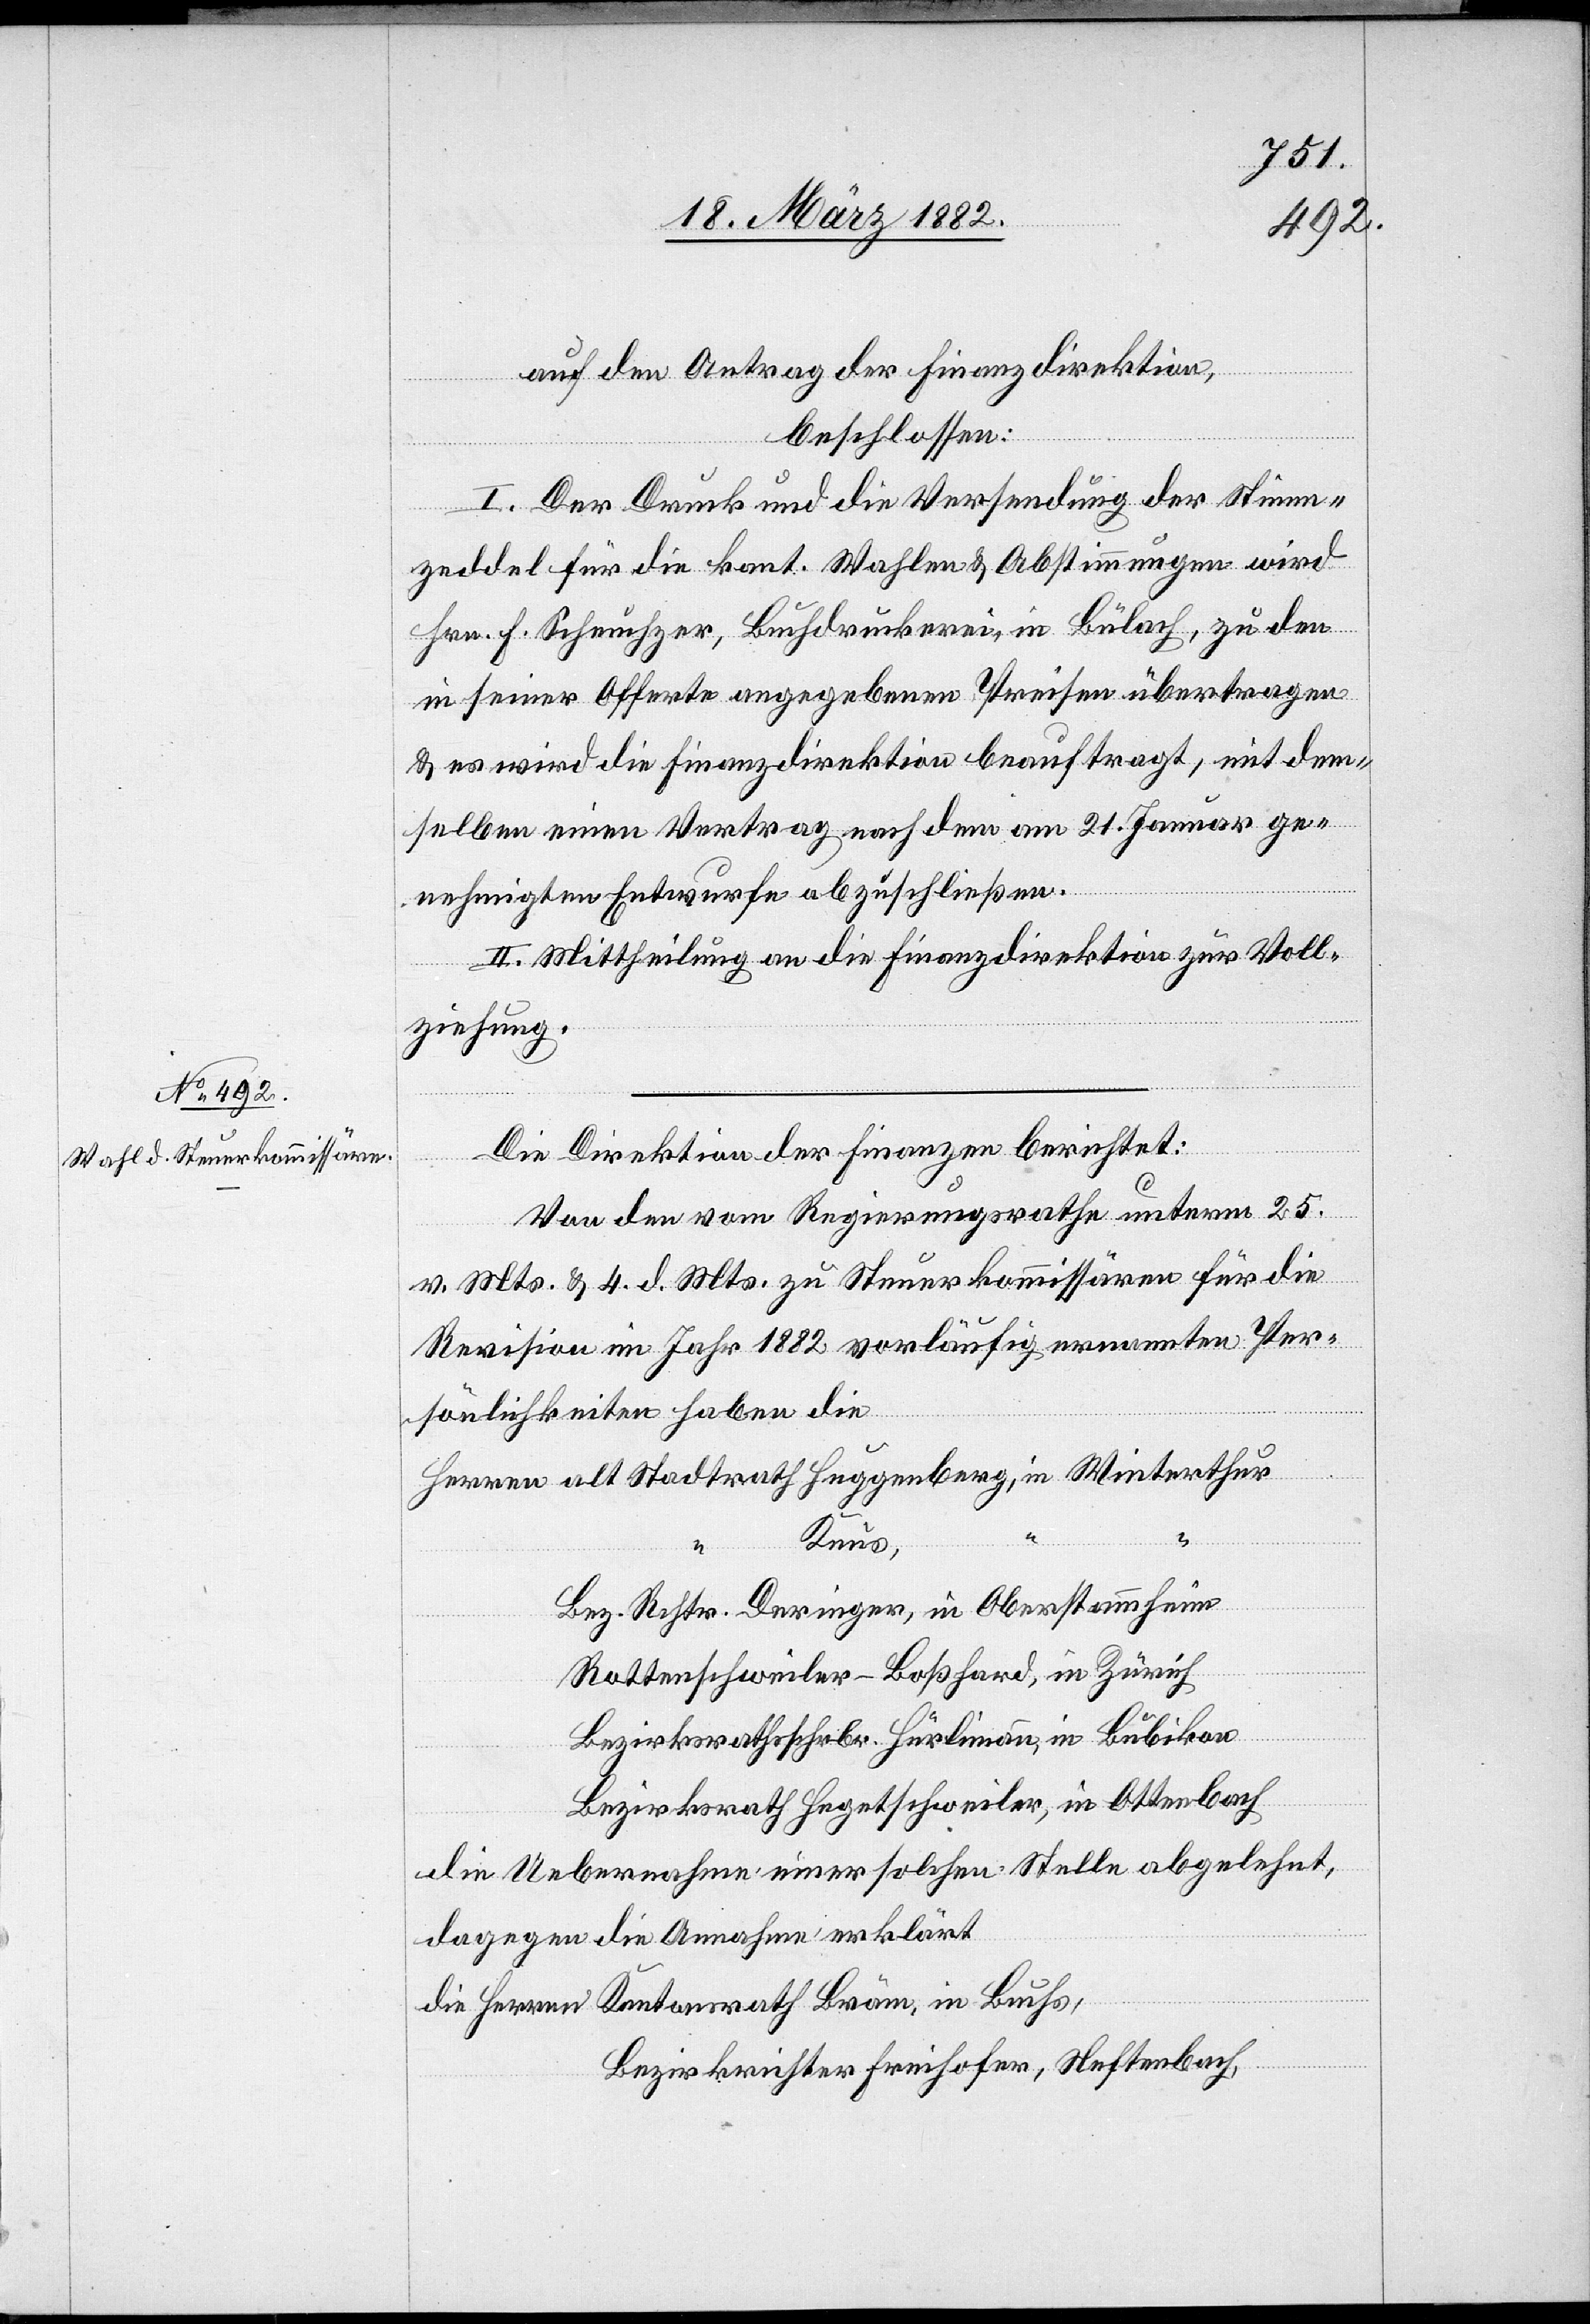
auf den Antrag der Finanzdirektion,
beschlossen:
I. Der Druck und die Versendung der Stimm¬
zeddel für die kant. Wahlen & Abstimmungen wird
Hrn. F. Scheuchzer, Buchdruckerei, in Bülach, zu den
in seiner Offerte angegebenen Preisen übertragen
& es wird die Finanzdirektion beauftragt, mit dem¬
selben einen Vertrag nach dem am 21. Januar ge¬
nehmigten Entwurfe abzuschließen.
II. Mittheilung an die Finanzdirektion zur Voll¬
ziehung.
Die Direktion der Finanzen berichtet:
Kantonsrath
Von den vom Regierungsrathe unterm 25.
“
v. Mts. & 4. d. Mts. zu Steuerkommissären für die
Revision im Jahr 1882 vorläufig ernannten Per¬
sönlichkeiten haben die
in
Buchs,
Bez. Rchtr. Deringer, in Oberstammheim,
Rottenschweiler-Boßhard, in Zürich,
Bezirksrathschrbr. Hürlimann, in Bubikon,
Bezirksrath Hegetschweiler, in Ottenbach,
die Uebernahme einer solchen Stelle abgelehnt,
dagegen die Annahme erklärt
Bezirksrichter Freihofer, Neftenbach,